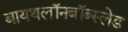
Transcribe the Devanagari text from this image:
बायथलॉनबॉब्स्लेड